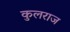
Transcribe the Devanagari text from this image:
कुलराज